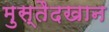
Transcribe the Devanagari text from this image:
मुस्तैदखान